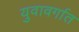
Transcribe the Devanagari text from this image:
युवावर्गात